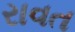
રાવત